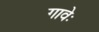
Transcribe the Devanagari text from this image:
गावेः